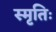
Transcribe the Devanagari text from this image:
स्मृतिः